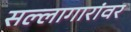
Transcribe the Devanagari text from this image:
सल्लागारांवर